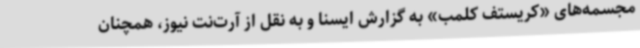
مجسمه‌های «کریستف کلمب» به گزارش ایسنا و به نقل از آرت‌نت نیوز، همچنان